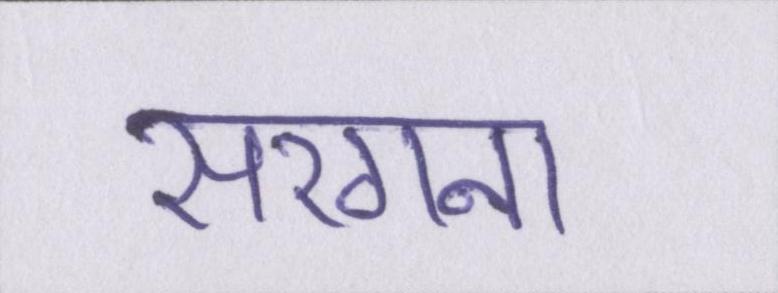
सरगना